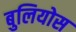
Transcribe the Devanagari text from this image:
बुलियोस